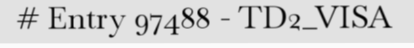
# Entry 97488 - TD2_VISA